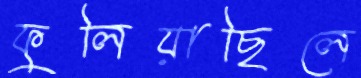
ফুলিয়াছিলে